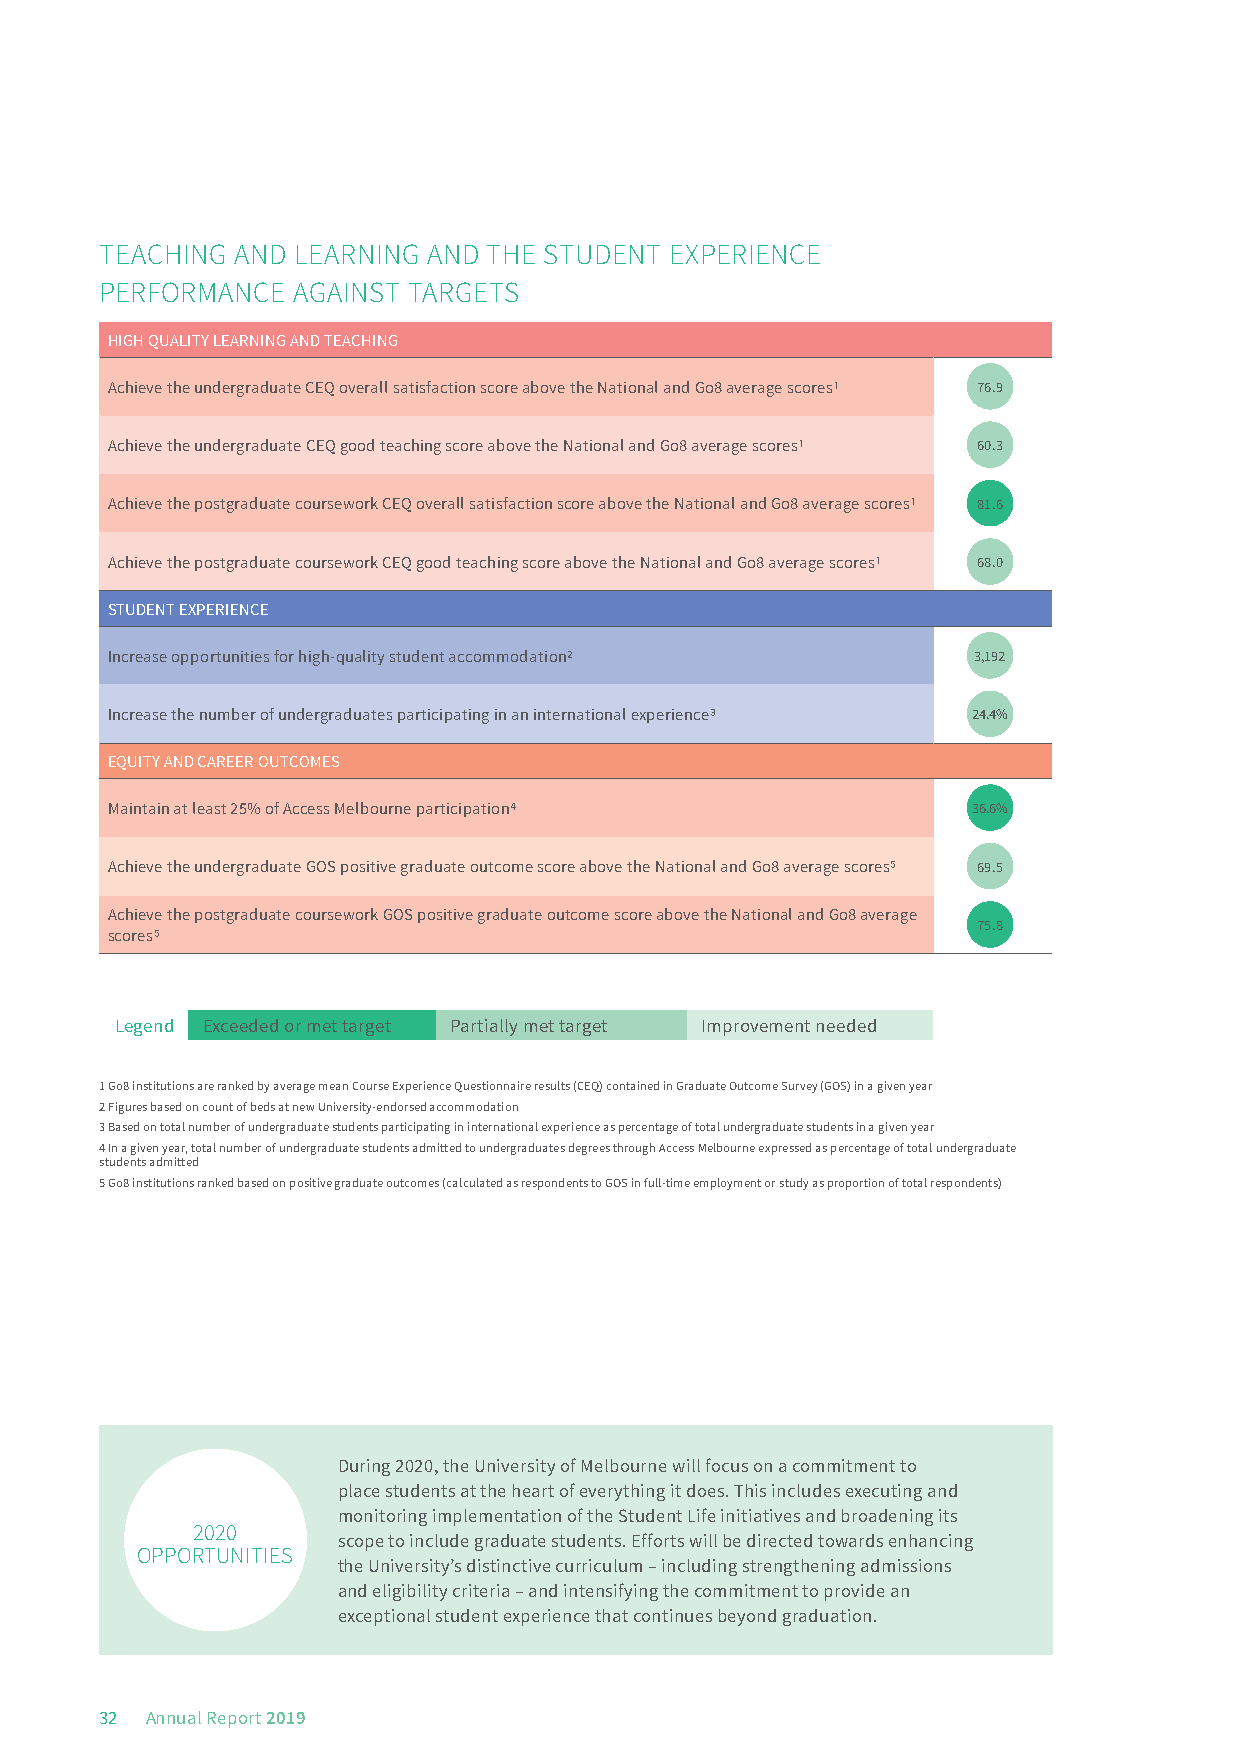
TEACHING AND LEARNING AND THE STUDENT EXPERIENCE
 PERFORMANCE AGAINST TARGETS
 HIGH QUALITY LEARNING AND TEACHING
 Achieve the undergraduate CEQ overall satisfaction score above the National and Go8 average scores1 76.9
 Achieve the undergraduate CEQ good teaching score above the National and Go8 average scores1 60.3
 Achieve the postgraduate coursework CEQ overall satisfaction score above the National and Go8 average scores1 81.6
 Achieve the postgraduate coursework CEQ good teaching score above the National and Go8 average scores1 68.0
 STUDENT EXPERIENCE
 Increase opportunities for high-quality student accommodation2 3,192
 Increase the number of undergraduates participating in an international experience3 24.4%
 EQUITY AND CAREER OUTCOMES
 Maintain at least 25% of Access Melbourne participation4 36.6%
 Achieve the undergraduate GOS positive graduate outcome score above the National and Go8 average scores5 69.5
 Achieve the postgraduate coursework GOS positive graduate outcome score above the National and Go8 average
 75.8
 scores5
 Legend Exceeded or met target Partially met target Improvement needed
 1 Go8 institutions are ranked by average mean Course Experience Questionnaire results (CEQ) contained in Graduate Outcome Survey (GOS) in a given year
 2 Figures based on count of beds at new University-endorsed accommodation
 3 Based on total number of undergraduate students participating in international experience as percentage of total undergraduate students in a given year
 4 In a given year, total number of undergraduate students admitted to undergraduates degrees through Access Melbourne expressed as percentage of total undergraduate
 students admitted
 5 Go8 institutions ranked based on positive graduate outcomes (calculated as respondents to GOS in full-time employment or study as proportion of total respondents)
 During 2020, the University of Melbourne will focus on a commitment to
 place students at the heart of everything it does. This includes executing and
 monitoring implementation of the Student Life initiatives and broadening its
 20 20
 scope to include graduate students. Efforts will be directed towards enhancing
 OPPORTUNITIES
 the University’s distinctive curriculum – including strengthening admissions
 and eligibility criteria – and intensifying the commitment to provide an
 exceptional student experience that continues beyond graduation.
 32 Annual Report 2019